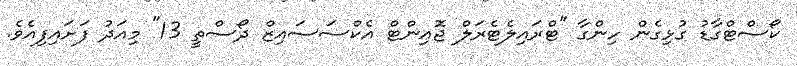
ކޯސްޓްގާޑު ގުޅިގެން ހިންގާ "ޓްރައިލެޓެރަލް ޖޮއިންޓް އެކްސަސައިޒް ދޯސްތީ 13" މިއަދު ފަށައިފިއެވެ.